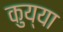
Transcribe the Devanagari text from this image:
कुय्या